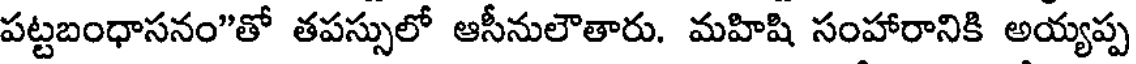
పట్టబంధాసనం"తో తపస్సులో ఆసీనులౌతారు. మహిషి సంహారానికి అయ్యప్ప